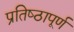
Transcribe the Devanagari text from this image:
प्रतिष्‍ठापूर्ण